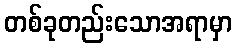
တစ်ခုတည်းသောအရာမှာ